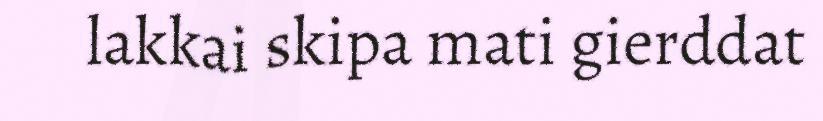
lakkai skipa mati gierddat